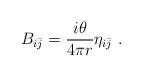
LaTeX: \begin{align*}B_{i\bar{j}} = \frac{i\theta}{4\pi r} \eta_{i\bar{j}}\ .\end{align*}